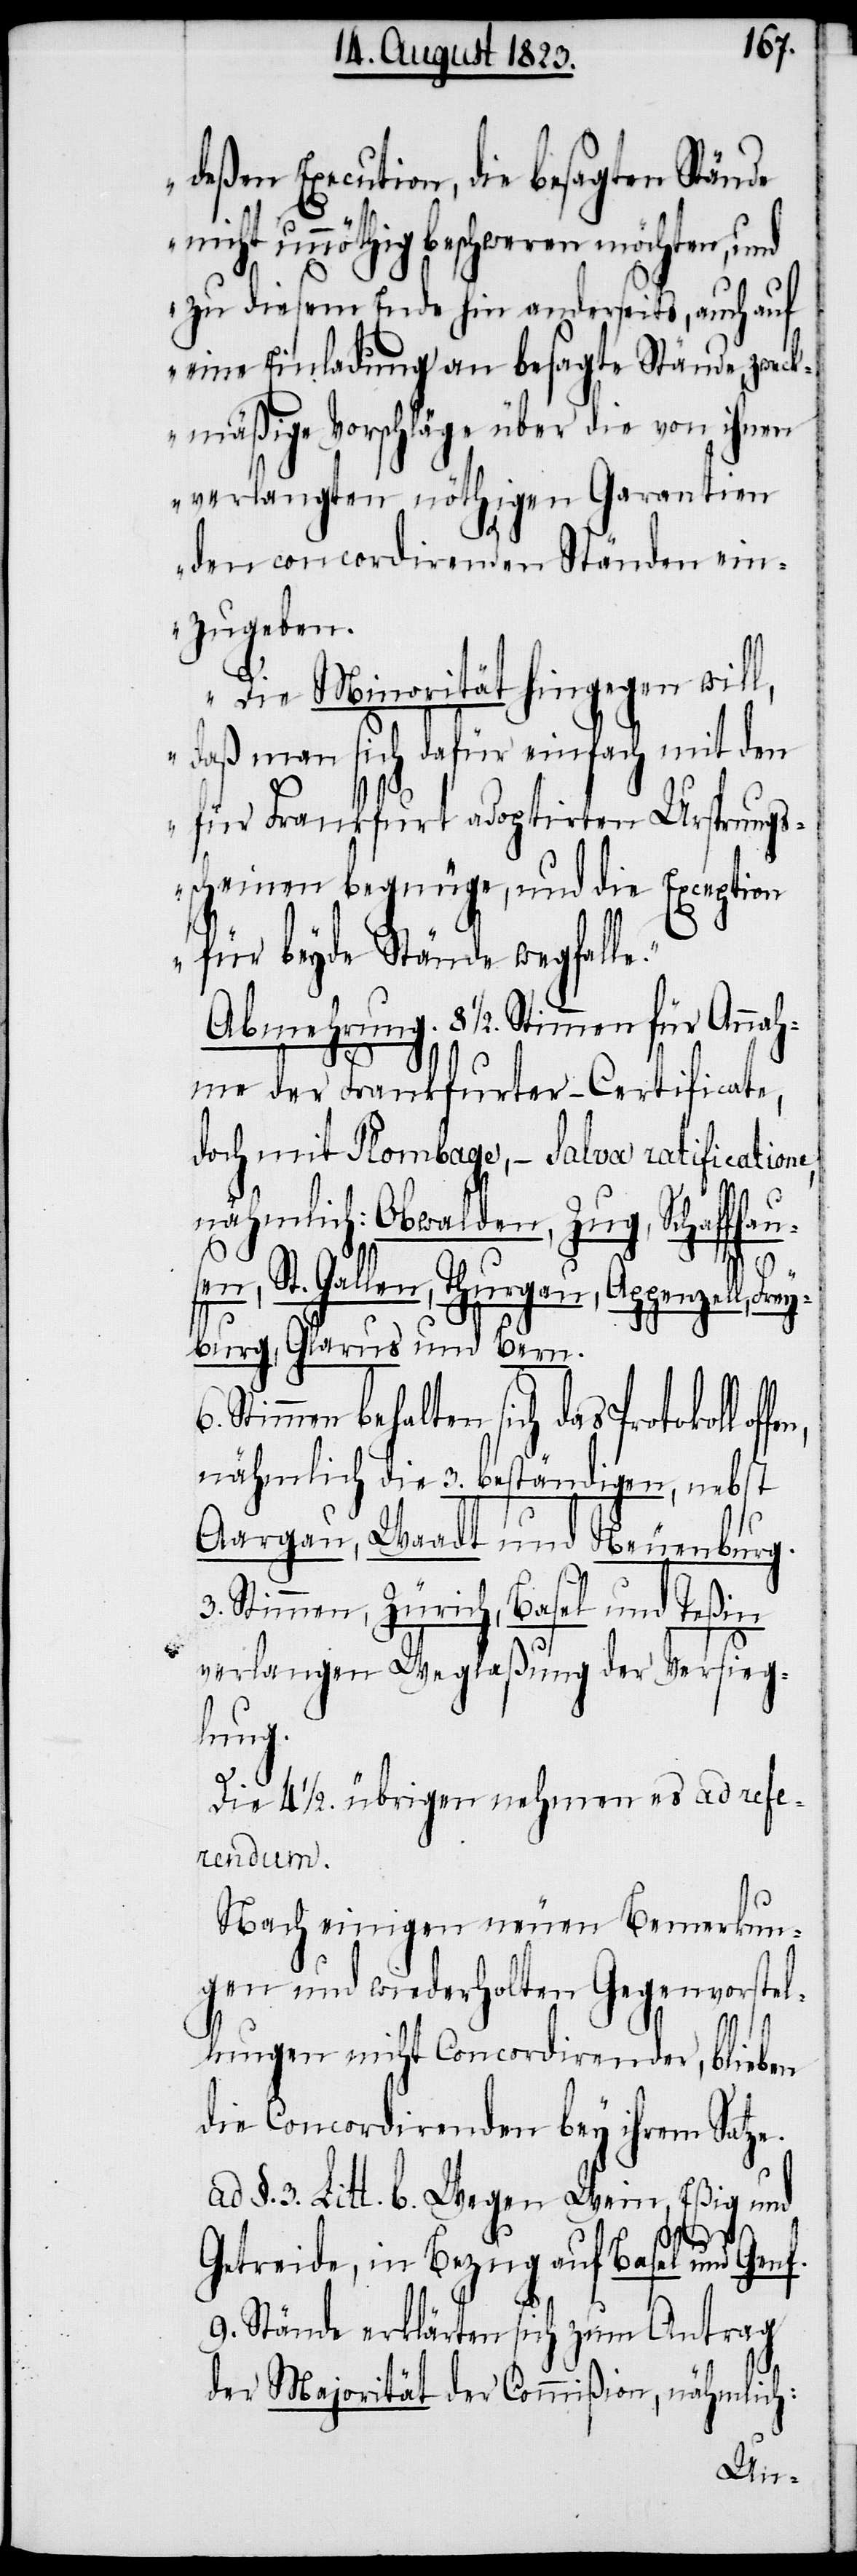
deßen Execution, die besagten Stände
nicht unnöthig beschweren möchten, und
zu diesem Ende hin anderseits, auch auf
eine Einladung an besagte Stände, zwec¬
kmäßige Vorschläge über die von ihnen
verlangten nöthigen Garantien
den concordirenden Ständen ein¬
zugeben.
Die Minorität hingegen will,
daß man sich dafür einfach mit den
für Frankfurt adoptirten Ursprungs¬
scheinen begnüge, und die Exception
für beyde Stände wegfall¬
Abmehrung. 8 ½. Stimmen für Annah¬
me der Frankfurter-Certificate,
doch mit Plombage, − Salva ratificatione,
nähmlich: Obwalden, Zug, Schaffhau¬
sen, St. Gallen, Thurgau, Appenzell, Fr¬
eyburg, Glarus und Bern.
Stimmen behalten sich das Protokoll
nähmlich die 3. beständigen, nebst
Aargau, Waadt und Neuenburg.
3. Stimmen, Zürich, Basel und Teßin
verlangen Weglaßung der Versieg¬
lung.
Die 4 ½. übrigen nehmen es ad refe¬
rendum.
Nach einigen neuen Bemerkun¬
gen und wiederholten Gegenvorstel¬
lungen nicht Concordirender, blieben
die Concordirenden bey ihrem Satze.
§. 3. Litt. b. Wegen Wein, Eßig und
e.“
Getreide, in Bezug auf Basel und Genf.
9. Stände erklärten sich zum Antrag
der Majorität der Commißion, nähmlich: